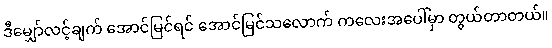
ဒီမျှော်လင့်ချက် အောင်မြင်ရင် အောင်မြင်သလောက် ကလေးအပေါ်မှာ တွယ်တာတယ်။